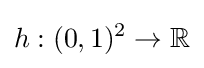
h:(0,1)^{2}\to \mathbb {R}